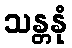
သန္တနုံ